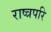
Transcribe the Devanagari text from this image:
राष्त्रपरि